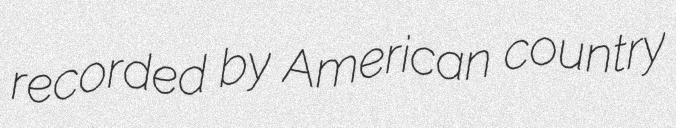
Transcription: recorded by American country